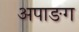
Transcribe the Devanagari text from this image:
अपाङग